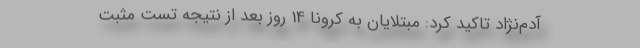
آدم‌نژاد تاکید کرد: مبتلایان به کرونا 14 روز بعد از نتیجه تست مثبت